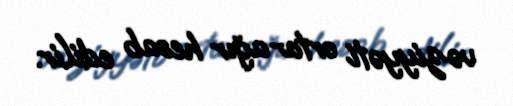
vəziyyəti orta-ağır hesab edilir.